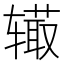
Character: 𨐉